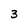
Character: 3